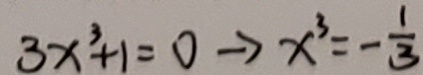
3 x ^ { 3 } + 1 = 0 \rightarrow x ^ { 3 } = - \frac { 1 } { 3 }